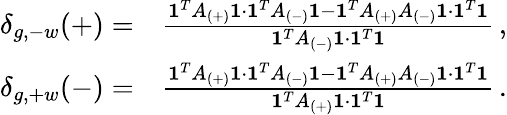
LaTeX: \begin{array}{rl}{\delta_{g,-w}(+)=}&{\frac{\mathbf{1}^{T}A_{(+)}\mathbf{1}\cdot\mathbf{1}^{T}A_{(-)}\mathbf{1}-\mathbf{1}^{T}A_{(+)}A_{(-)}\mathbf{1}\cdot\mathbf{1}^{T}\mathbf{1}}{\mathbf{1}^{T}A_{(-)}\mathbf{1}\cdot\mathbf{1}^{T}\mathbf{1}}\, ,}\\ {\delta_{g,+w}(-)=}&{\frac{\mathbf{1}^{T}A_{(+)}\mathbf{1}\cdot\mathbf{1}^{T}A_{(-)}\mathbf{1}-\mathbf{1}^{T}A_{(+)}A_{(-)}\mathbf{1}\cdot\mathbf{1}^{T}\mathbf{1}}{\mathbf{1}^{T}A_{(+)}\mathbf{1}\cdot\mathbf{1}^{T}\mathbf{1}}\, .}\end{array}